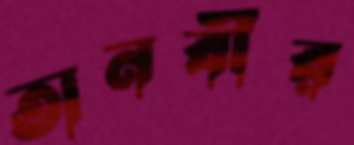
তানবীর